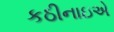
કઠીનાઇએ